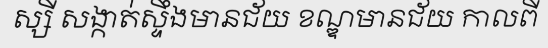
ស្សី សង្កាត់ស្ទឹងមានជ័យ ខណ្ឌមានជ័យ កាលពី